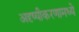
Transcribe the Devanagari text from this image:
अदृष्यीकरणामध्ये